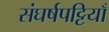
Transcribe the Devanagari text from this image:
संघर्षपट्टियाँ